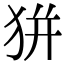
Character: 𤝴